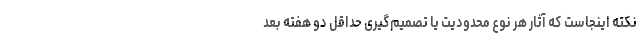
نکته اینجاست که آثار هر نوع محدودیت یا تصمیم‌گیری حداقل دو هفته بعد